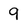
Character: 9